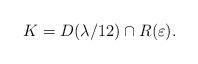
LaTeX: \begin{align*}K=D(\lambda/12)\cap R(\varepsilon).\end{align*}